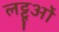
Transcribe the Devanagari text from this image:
लट्टूओं